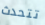
تتحدث